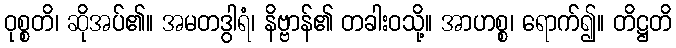
ဝုစ္စတိ၊ ဆိုအပ်၏။ အမတဒွါရံ၊ နိဗ္ဗာန်၏ တခါးဝသို့။ အာဟစ္စ၊ ရောက်၍။ တိဋ္ဌတိ